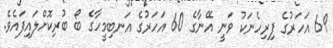
69 އަހަރުގެ ފިރިހެނަކު ވަނީ އޭނާގެ 60 އަހަރުގެ އަނބިމީހާގެ ބޯ ބުރިކޮށްލައިފައެވެ.